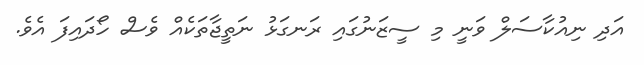
އަދި ނިއުކާސަލް ވަނީ މި ސީޒަނުގައި ރަނގަޅު ނަތީޖާތަކެއް ވެސް ހޯދައިފަ އެވެ.